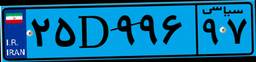
۸۴D۴۲۷۹۷